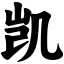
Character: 凯